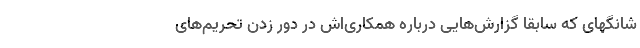
شانگهای که سابقاً گزارش‌هایی درباره همکاری‌اش در دور زدن تحریم‌های